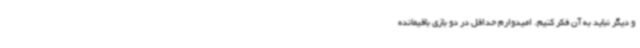
و دیگر نباید به آن فکر کنیم. امیدوارم حداقل در دو بازی باقیمانده